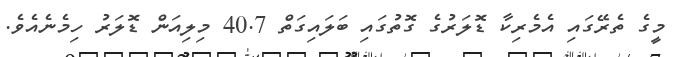
މީގެ ތެރޭގައި އެމެރިކާ ޑޮލަރުގެ ގޮތުގައި ބަލައިގަތް 40.7 މިލިއަން ޑޮލަރު ހިމެނެއެވެ.